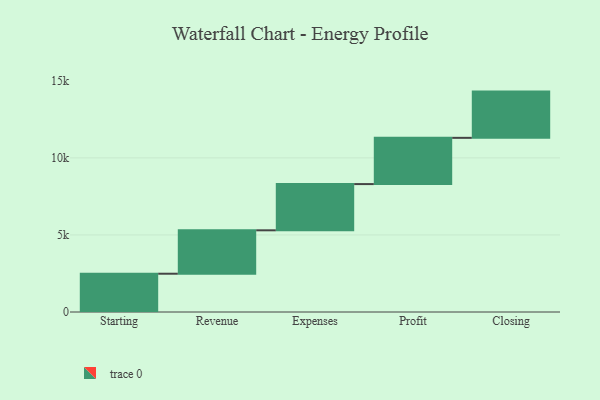
{"axis": {"x": "Step", "y": "Value"}, "legend": [""], "data": [{"x": "Starting", "y": 2484.0, "type": ""}, {"x": "Revenue", "y": 2816.0, "type": ""}, {"x": "Expenses", "y": 3000, "type": ""}, {"x": "Profit", "y": 3000, "type": ""}, {"x": "Closing", "y": 3000, "type": ""}]}